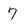
Character: 7